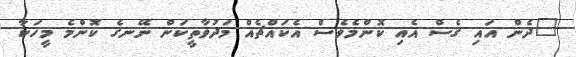
"ދެން އައި ގެސް އެއި ކޮންމެވެސް އެކައްޗެއް މަދުވާތީކަން ނޭނގެ ކޮންމެ މީހަކާ